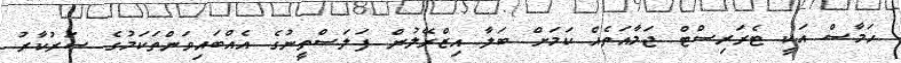
ހަމާސް އަކީ ޓެރަރިސްޓް ޖަމާއަތެއް ކަމަށް ބަލާ އިޒްރޭލުން ފަލަސްތީނުގެ އެއްބައިވަންތަކަމުގެ ސަރުކާރު